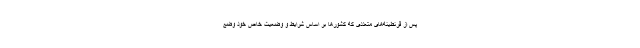
پس از قرنطینه‌های متعددی که کشورها بر اساس شرایط و وضعیت خاص خود وضع